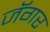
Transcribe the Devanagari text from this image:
जॅगर